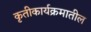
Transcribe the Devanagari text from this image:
कृतीकार्यक्रमातील